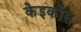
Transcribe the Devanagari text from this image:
केइकोस